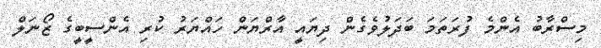
މިސްރާބު އެންމެ ފުރަތަމަ ބަދަލުވެގެން ދިޔައީ އާރްޔަން ހައްޔަރު ކުރި އެންސީބީގެ ޒޯނަލް